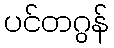
ပင်တဂွန်